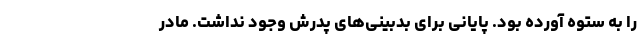
را به ستوه آورده بود. پایانی برای بدبینی‌های پدرش وجود نداشت. مادر